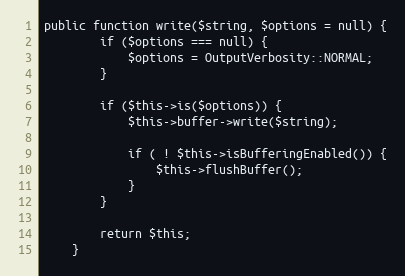
Language: PHP
public function write($string, $options = null) {
        if ($options === null) {
            $options = OutputVerbosity::NORMAL;
        }

        if ($this->is($options)) {
            $this->buffer->write($string);

            if ( ! $this->isBufferingEnabled()) {
                $this->flushBuffer();
            }
        }

        return $this;
    }